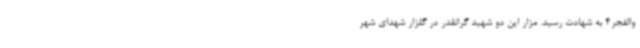
والفجر4 به شهادت رسید. مزار این دو شهید گرانقدر در گلزار شهدای شهر